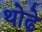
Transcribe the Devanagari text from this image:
थोढे